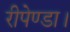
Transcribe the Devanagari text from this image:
रीपेण्डा।